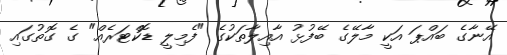
އޭނާގެ ބައްޕަ އަކީ މާލޭގެ ބޭފުޅު އާއިލާތަކުގެ "ފެމިލީ ޑޮކްޓަރެއް" ގެ ގޮތުގައި